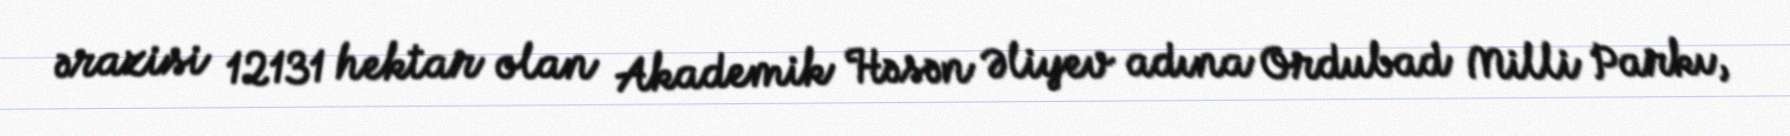
ərazisi 12131 hektar olan Akademik Həsən Əliyev adına Ordubad Milli Parkı,